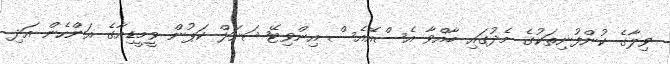
ވިލާގެ ކުންފުނިތަކުގެ މެދުގައި ބާއްވާ އެސްއޭއެސް އިންވިޓޭޝަނަލް ކަޕުން ވީމީޑިއާގެ އަންހެން އަދި